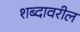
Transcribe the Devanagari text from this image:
शब्दावरील